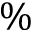
\%